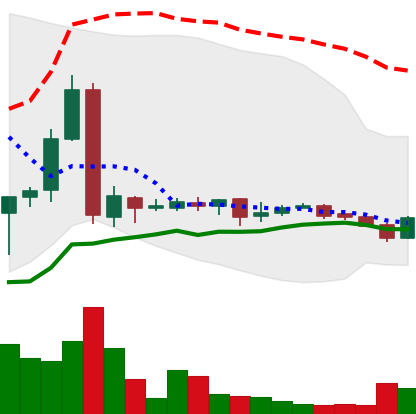
Ticker: LTC-USD
Chart end date: 2017-01-26
Forward return: 6.372%
Label: up_5_7